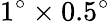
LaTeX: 1^{\circ}\times 0.5^{\circ}